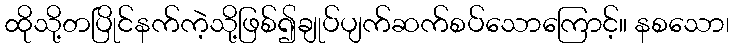
ထိုသို့တပြိုင်နက်ကဲ့သို့ဖြစ်၍ချုပ်ပျက်ဆက်စပ်သောကြောင့်။ နစသော၊